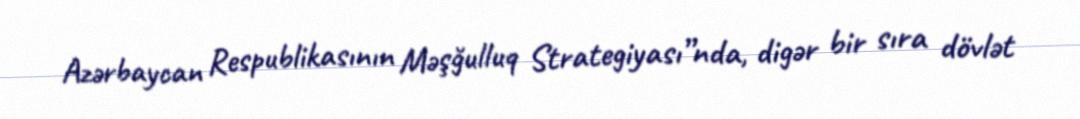
Azərbaycan Respublikasının Məşğulluq Strategiyası”nda, digər bir sıra dövlət